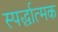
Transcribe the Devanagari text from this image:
स्पर्द्धात्मक